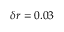
\delta r = 0 . 0 3